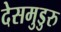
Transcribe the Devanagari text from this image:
देसमुडुरु